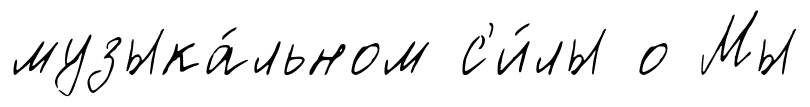
музыка́льном с'и́лы о Мы